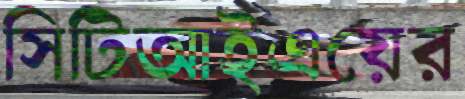
সিটিআইএয়ের